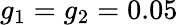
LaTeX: g_{1}=g_{2}=0.05